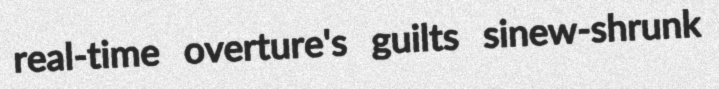
real-time overture's guilts sinew-shrunk